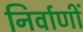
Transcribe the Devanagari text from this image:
निर्वाणीं